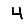
Digit: 4